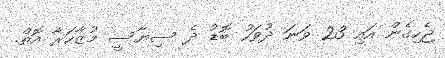
ޖެހިގެން އައި 23 ވަނަ ދުވަހު ބޮޑު ދެ ސިޔާސީ މުޒާހަރާ އޮތް.